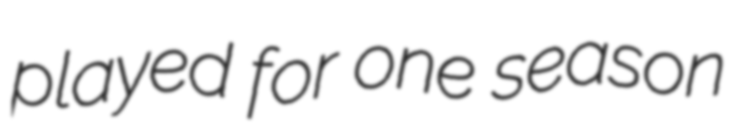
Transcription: played for one season